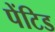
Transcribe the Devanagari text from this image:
पेंटिड